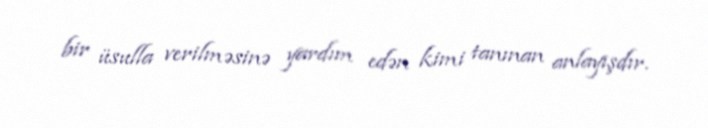
bir üsulla verilməsinə yardım edən kimi tanınan anlayışdır.